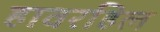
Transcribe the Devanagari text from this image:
हावरहिल